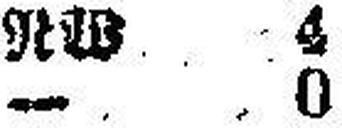
— 0